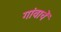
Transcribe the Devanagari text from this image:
गांवाचें